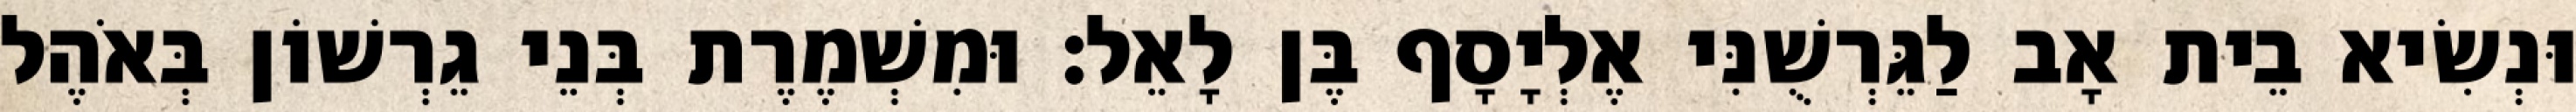
וּנְשִׂיא בֵית אָב לַגֵּרְשֻׁנִּי אֶלְיָסָף בֶּן לָאֵל׃ וּמִשְׁמֶרֶת בְּנֵי גֵרְשׁוֹן בְּאֹהֶל